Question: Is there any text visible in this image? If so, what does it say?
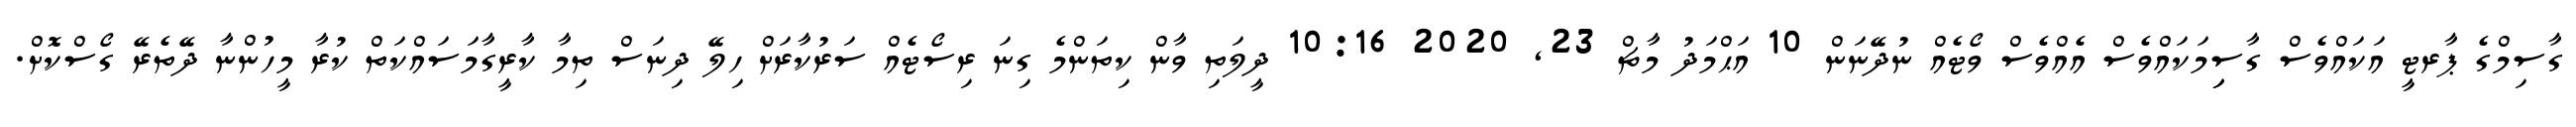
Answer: ގާސިމްގެ ޕާރޓީ އަކައްވެސް ގާސިިމަކައްވެސް އެއްވެސް ވޯޓެއް ނުދޭނަން 10 އަޙްމަދު މާޗް 23, 2020 10:16 ދީލަތި ވާން ކިތަންމެ ގިނަ ރިސޯޓެއް ސަރުކާރަށް ހިލޭ ދިނަސް ތިމާ ކާރީގާމަސައްކަތް ކުރާ މީހުންނާ ދޭތެރޭ ގޯސްކޮށް.